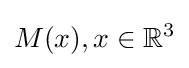
M(x),x\in {\mathbb {R} }^{3}